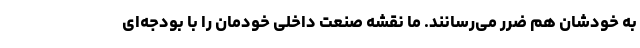
به خودشان هم ضرر می‌رسانند. ما نقشه صنعت داخلی خودمان را با بودجه‌ای